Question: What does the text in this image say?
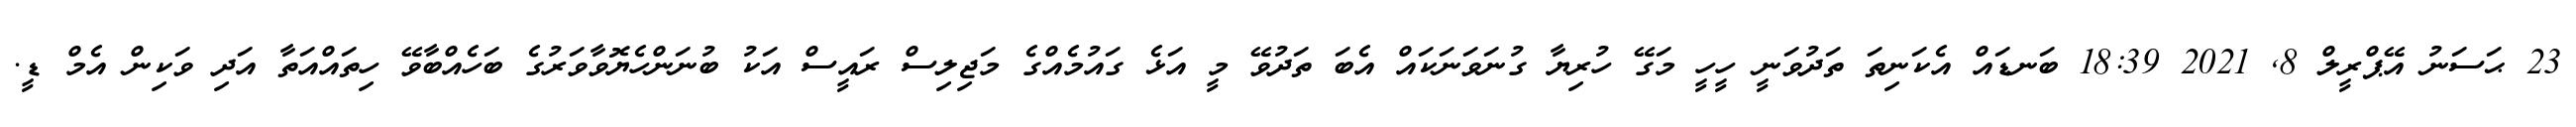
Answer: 23 ޙަސަނު އޭޕްރީލް 8, 2021 18:39 ބަނޑައް އެކަނިތަ ތަދުވަނީ ހީހީ މަގޭ ހުރިޔާ ގުނަވަނަކައް އެބަ ތަދުވޭ މީ އަޅެ ގައުމެއްގެ މަޖިލިސް ރައީސް އަކު ބުނަންހެޔޮވާވަރުގެ ބަހެއްބާވޭ ހިތައްއަތާ އަދި ވަކިން އެމް ޑީ.